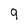
Character: 9